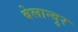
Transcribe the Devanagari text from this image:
बेलान्दुर